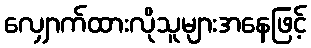
လျှောက်ထားလိုသူများအနေဖြင့်